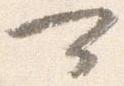
可